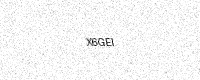
Text: X6GEI